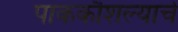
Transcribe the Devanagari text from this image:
पाककौशल्याचे